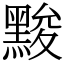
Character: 黢